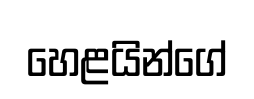
හෙළයින්ගේ